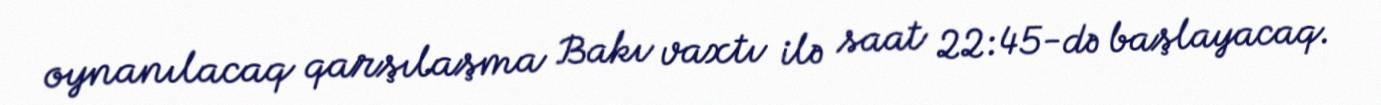
oynanılacaq qarşılaşma Bakı vaxtı ilə saat 22:45-də başlayacaq.